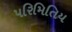
પરિમિતિય